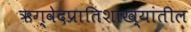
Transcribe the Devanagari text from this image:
ऋग्वेदप्रातिशाख्यांतील